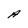
Character: A